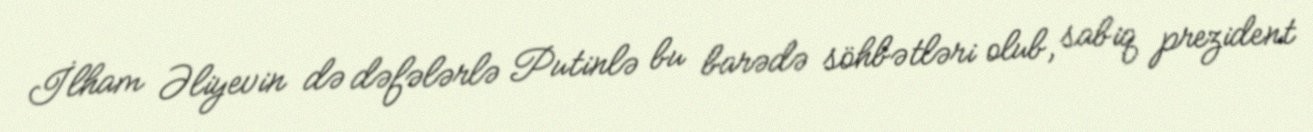
İlham Əliyevin də dəfələrlə Putinlə bu barədə söhbətləri olub, sabiq prezident